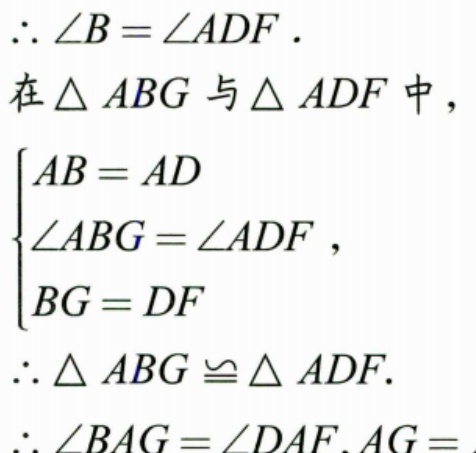
\(\therefore \angle B = \angle ADF\).
在\(\triangle ABG\)与\(\triangle ADF\)中，
\(\begin{cases}
AB = AD \\
\angle ABG=\angle ADF \\
BG = DF
\end{cases}\)，
\(\therefore \triangle ABG\cong\triangle ADF\).
\(\therefore \angle BAG=\angle DAF\). \(AG =\)